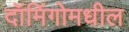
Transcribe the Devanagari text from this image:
दॉमिंगोमधील